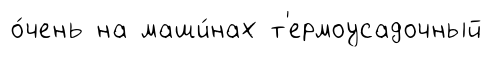
о́чень на маши́нах т'ермоусадочный